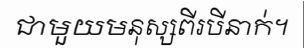
ជាមួយមនុស្សពីរបីនាក់។